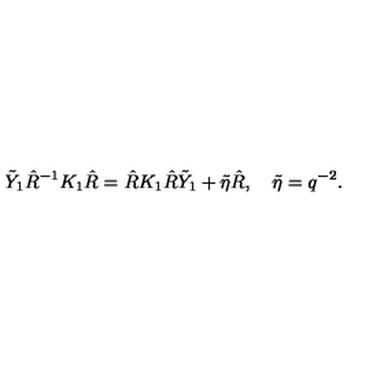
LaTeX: \tilde { Y } _ { 1 } \hat { R } ^ { - 1 } K _ { 1 } \hat { R } = \hat { R } K _ { 1 } \hat { R } \tilde { Y } _ { 1 } + \tilde { \eta } \hat { R } , \quad \tilde { \eta } = q ^ { - 2 } .